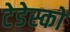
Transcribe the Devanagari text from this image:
टेडेस्को